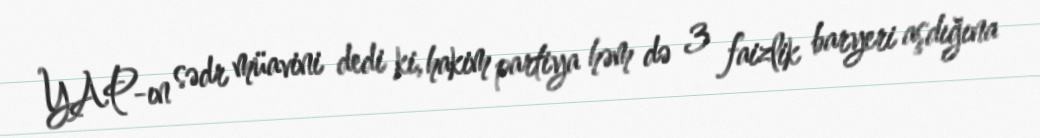
YAP-ın sədr müavini dedi ki, hakim partiya həm də 3 faizlik baryeri aşdığına